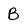
Character: B